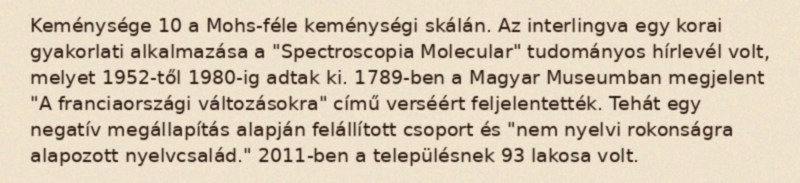
Keménysége 10 a Mohs-féle keménységi skálán. Az interlingva egy korai gyakorlati alkalmazása a "Spectroscopia Molecular" tudományos hírlevél volt, melyet 1952-től 1980-ig adtak ki. 1789-ben a Magyar Museumban megjelent "A franciaországi változásokra" című verséért feljelentették. Tehát egy negatív megállapítás alapján felállított csoport és "nem nyelvi rokonságra alapozott nyelvcsalád." 2011-ben a településnek 93 lakosa volt.